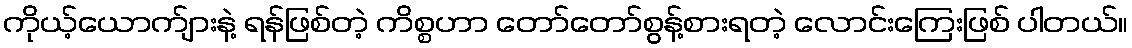
ကိုယ့်ယောက်ျားနဲ့ ရန်ဖြစ်တဲ့ ကိစ္စဟာ တော်တော်စွန့်စားရတဲ့ လောင်းကြေးဖြစ် ပါတယ်။